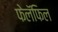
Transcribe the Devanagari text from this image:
फेलॅफिल